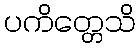
ပကိတ္တေသိ